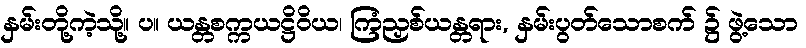
နှမ်းတို့ကဲ့သို့။ ပ။ ယန္တစက္ကယဋ္ဌိဝိယ၊ ကြံညှစ်ယန္တရား, နှမ်းပွတ်သောစက် ၌ ဖွဲ့သော